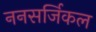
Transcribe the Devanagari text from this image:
ननसर्जिकल